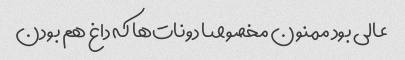
عالی بود ممنون مخصوصا دونات‌ها که داغ هم بودن